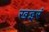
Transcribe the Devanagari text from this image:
खइरं